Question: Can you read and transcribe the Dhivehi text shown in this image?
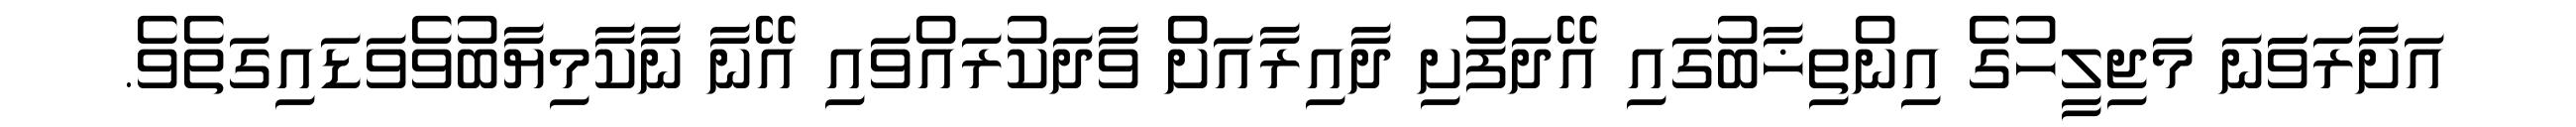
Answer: އަށާރަވަަނަ މަޖިލީހުގެ އިންތިޚާބުގައި އޭދަފުށި ދާއިރާއަށް ވާދަކުރައްވައި އޭނާ ނާކާމިޔާބުވެވަޑައިގަތެވެ.